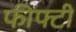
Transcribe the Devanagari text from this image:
फीफ्टी